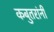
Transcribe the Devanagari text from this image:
कबुतरांनी